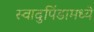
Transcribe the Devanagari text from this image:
स्वादुपिंडामध्ये